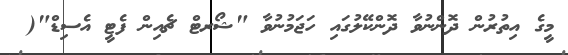
މީގެ އިތުރުން ދޮންނުވާ ދޮންކޭލުގައި ހަޖަމުނުވާ "ޝޯރޓް ޗެއިން ފެޓީ އެސިޑް"(